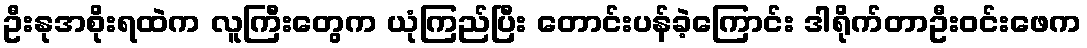
ဦးနုအစိုးရထဲက လူကြီးတွေက ယုံကြည်ပြီး တောင်းပန်ခဲ့ကြောင်း ဒါရိုက်တာဦးဝင်းဖေက